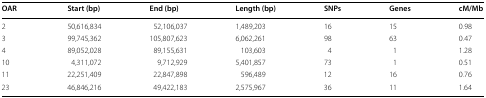
<table><thead><tr><td><b>OAR</b></td><td><b>Start (bp)</b></td><td><b>End (bp)</b></td><td><b>Length (bp)</b></td><td><b>SNPs</b></td><td><b>Genes</b></td><td><b>cM/Mb</b></td></tr></thead><tbody><tr><td>2</td><td>50,616,834</td><td>52,106,037</td><td>1,489,203</td><td>16</td><td>15</td><td>0.98</td></tr><tr><td>3</td><td>99,745,362</td><td>105,807,623</td><td>6,062,261</td><td>98</td><td>63</td><td>0.47</td></tr><tr><td>4</td><td>89,052,028</td><td>89,155,631</td><td>103,603</td><td>4</td><td>1</td><td>1.28</td></tr><tr><td>10</td><td>4,311,072</td><td>9,712,929</td><td>5,401,857</td><td>73</td><td>1</td><td>0.51</td></tr><tr><td>11</td><td>22,251,409</td><td>22,847,898</td><td>596,489</td><td>12</td><td>16</td><td>0.76</td></tr><tr><td>23</td><td>46,846,216</td><td>49,422,183</td><td>2,575,967</td><td>36</td><td>11</td><td>1.64</td></tr></tbody></table>